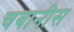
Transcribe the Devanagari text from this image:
चबानीस